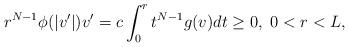
LaTeX: \begin{align*}r^{N-1}\phi(|v'|)v'=c\int_0^rt^{N-1}g(v)dt\geq 0,~0<r<L,\end{align*}